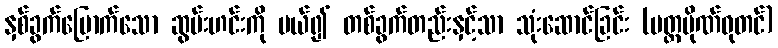
နှစ်ခွက်မြောက်သော ဆွမ်းဟင်းကို ပယ်၍ တစ်ခွက်တည်းနှင့်သာ သုံးဆောင်ခြင်း (ပတ္တပိုဏ်ဓုတင်)